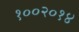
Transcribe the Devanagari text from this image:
१००२०१४